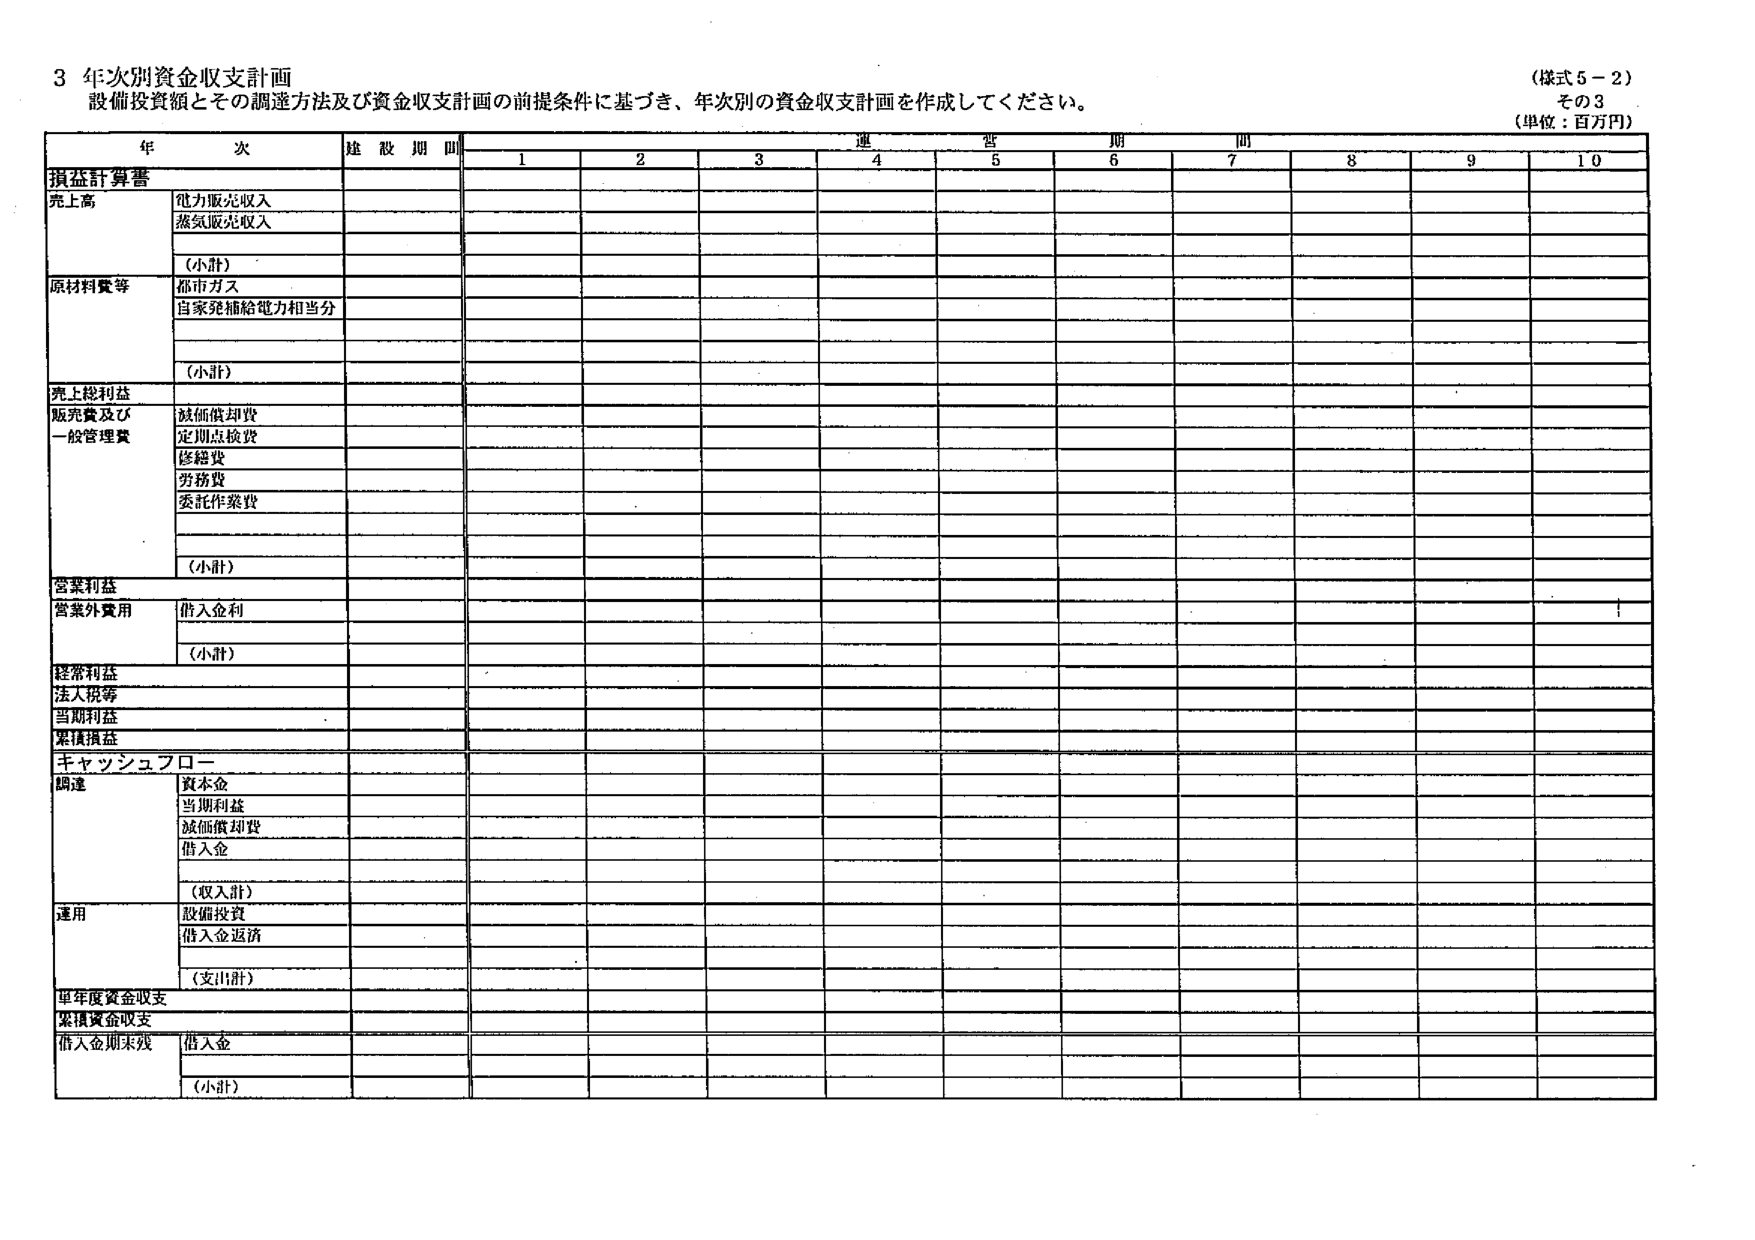
3 年次別資金収支計画
設備投資額とその調達方法及び資金収支計画の前提条件に基づき、年次別の資金収支計画を作成してください。
（様式5－2）
その3
（単位：百万円）

年次 建設期間 運営期間
1 2 3 4 5 6 7 8 9 10

損益計算書
売上高
電力販売収入
蒸気販売収入
（小計）
原材料費等
都市ガス
自家発補給電力相当分
（小計）
売上総利益
販売費及び
一般管理費
減価償却費
定期点検費
修繕費
労務費
委託作業費
（小計）
営業利益
営業外費用
借入金利
（小計）
経常利益
法人税等
当期利益
累積損益

キャッシュフロー
調達
資本金
当期利益
減価償却費
借入金
（収入計）
運用
設備投資
借入金返済
（支出計）
単年度資金収支
累積資金収支
借入金期末残
借入金
（小計）